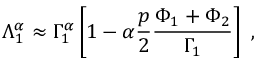
\Lambda _ { 1 } ^ { \alpha } \approx \Gamma _ { 1 } ^ { \alpha } \left[ 1 - \alpha \frac { p } { 2 } \frac { \Phi _ { 1 } + \Phi _ { 2 } } { \Gamma _ { 1 } } \right] \ ,